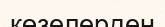
көзелерден